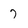
Character: 7